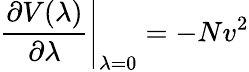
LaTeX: \left.\frac{\partial V(\lambda)}{\partial\lambda}\right|_{\lambda=0}=-Nv^{2}